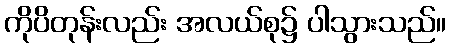
ကိုပိတုန်းလည်း အလယ်စု၌ ပါသွားသည်။